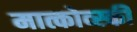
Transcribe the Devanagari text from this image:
मात्कोव्स्की